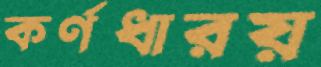
কর্ণধারয়